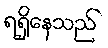
ရရှိနေသည်